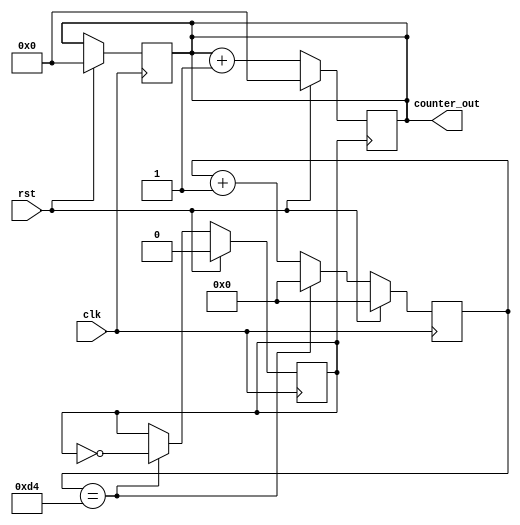
`timescale 1ns / 1ps
//////////////////////////////////////////////////////////////////////////////////
// Company: 
// Engineer: 
// 
// Design Name: 
// Module Name: counter_clk_div
// Project Name: 
// Target Devices: 
// Tool Versions: 
// Description: 
// 
// Dependencies: 
// 
// Revision:
// Revision 0.01 - File Created
// Additional Comments:
// 
//////////////////////////////////////////////////////////////////////////////////



`timescale 1ns / 1ps
//////////////////////////////////////////////////////////////////////////////////

// Description: 4 bit counter with source clock (100MHz) division.

/*
////////////4 bit counter block///////////////////
always @(posedge clk)
begin
if(rst)
begin
counter_out<=4'b0000;
//div_clk <= 1'b0;
end
else
begin
counter_out<= counter_out+1;
end
end
endmodule 
*/

//////////////////////////////////////////////////////////////////////////////////
module counter_clk_div(clk,rst,counter_out);
input clk,rst;
reg div_clk;
reg [25:0] delay_count;
output reg [3:0] counter_out;

//////////clock division block////////////////////


always @(posedge clk)
begin

if(rst)
begin
delay_count<=26'd0;
//counter_out<=4'b0000;
div_clk <= 1'b0; //initialise div_clk


//uncomment this line while running just the div clock counter for simulation purpose
counter_out<=4'b0000;
end
else

//uncomment this line while running just the div clock counter for simulation purpose
if(delay_count==26'd212)

//comment this line while running just the div clock counter for simulation purpose
//if(delay_count==26'd32112212)
begin
delay_count<=26'd0; //reset upon reaching the max value
div_clk <= ~div_clk;  //generating a slow clock
end
else
begin
delay_count<=delay_count+1;
end
end


/////////////4 bit counter block///////////////////
always @(posedge div_clk)
begin

if(rst)
begin
counter_out<=4'b0000;
end
else
begin
counter_out<= counter_out+1;
end
end

endmodule